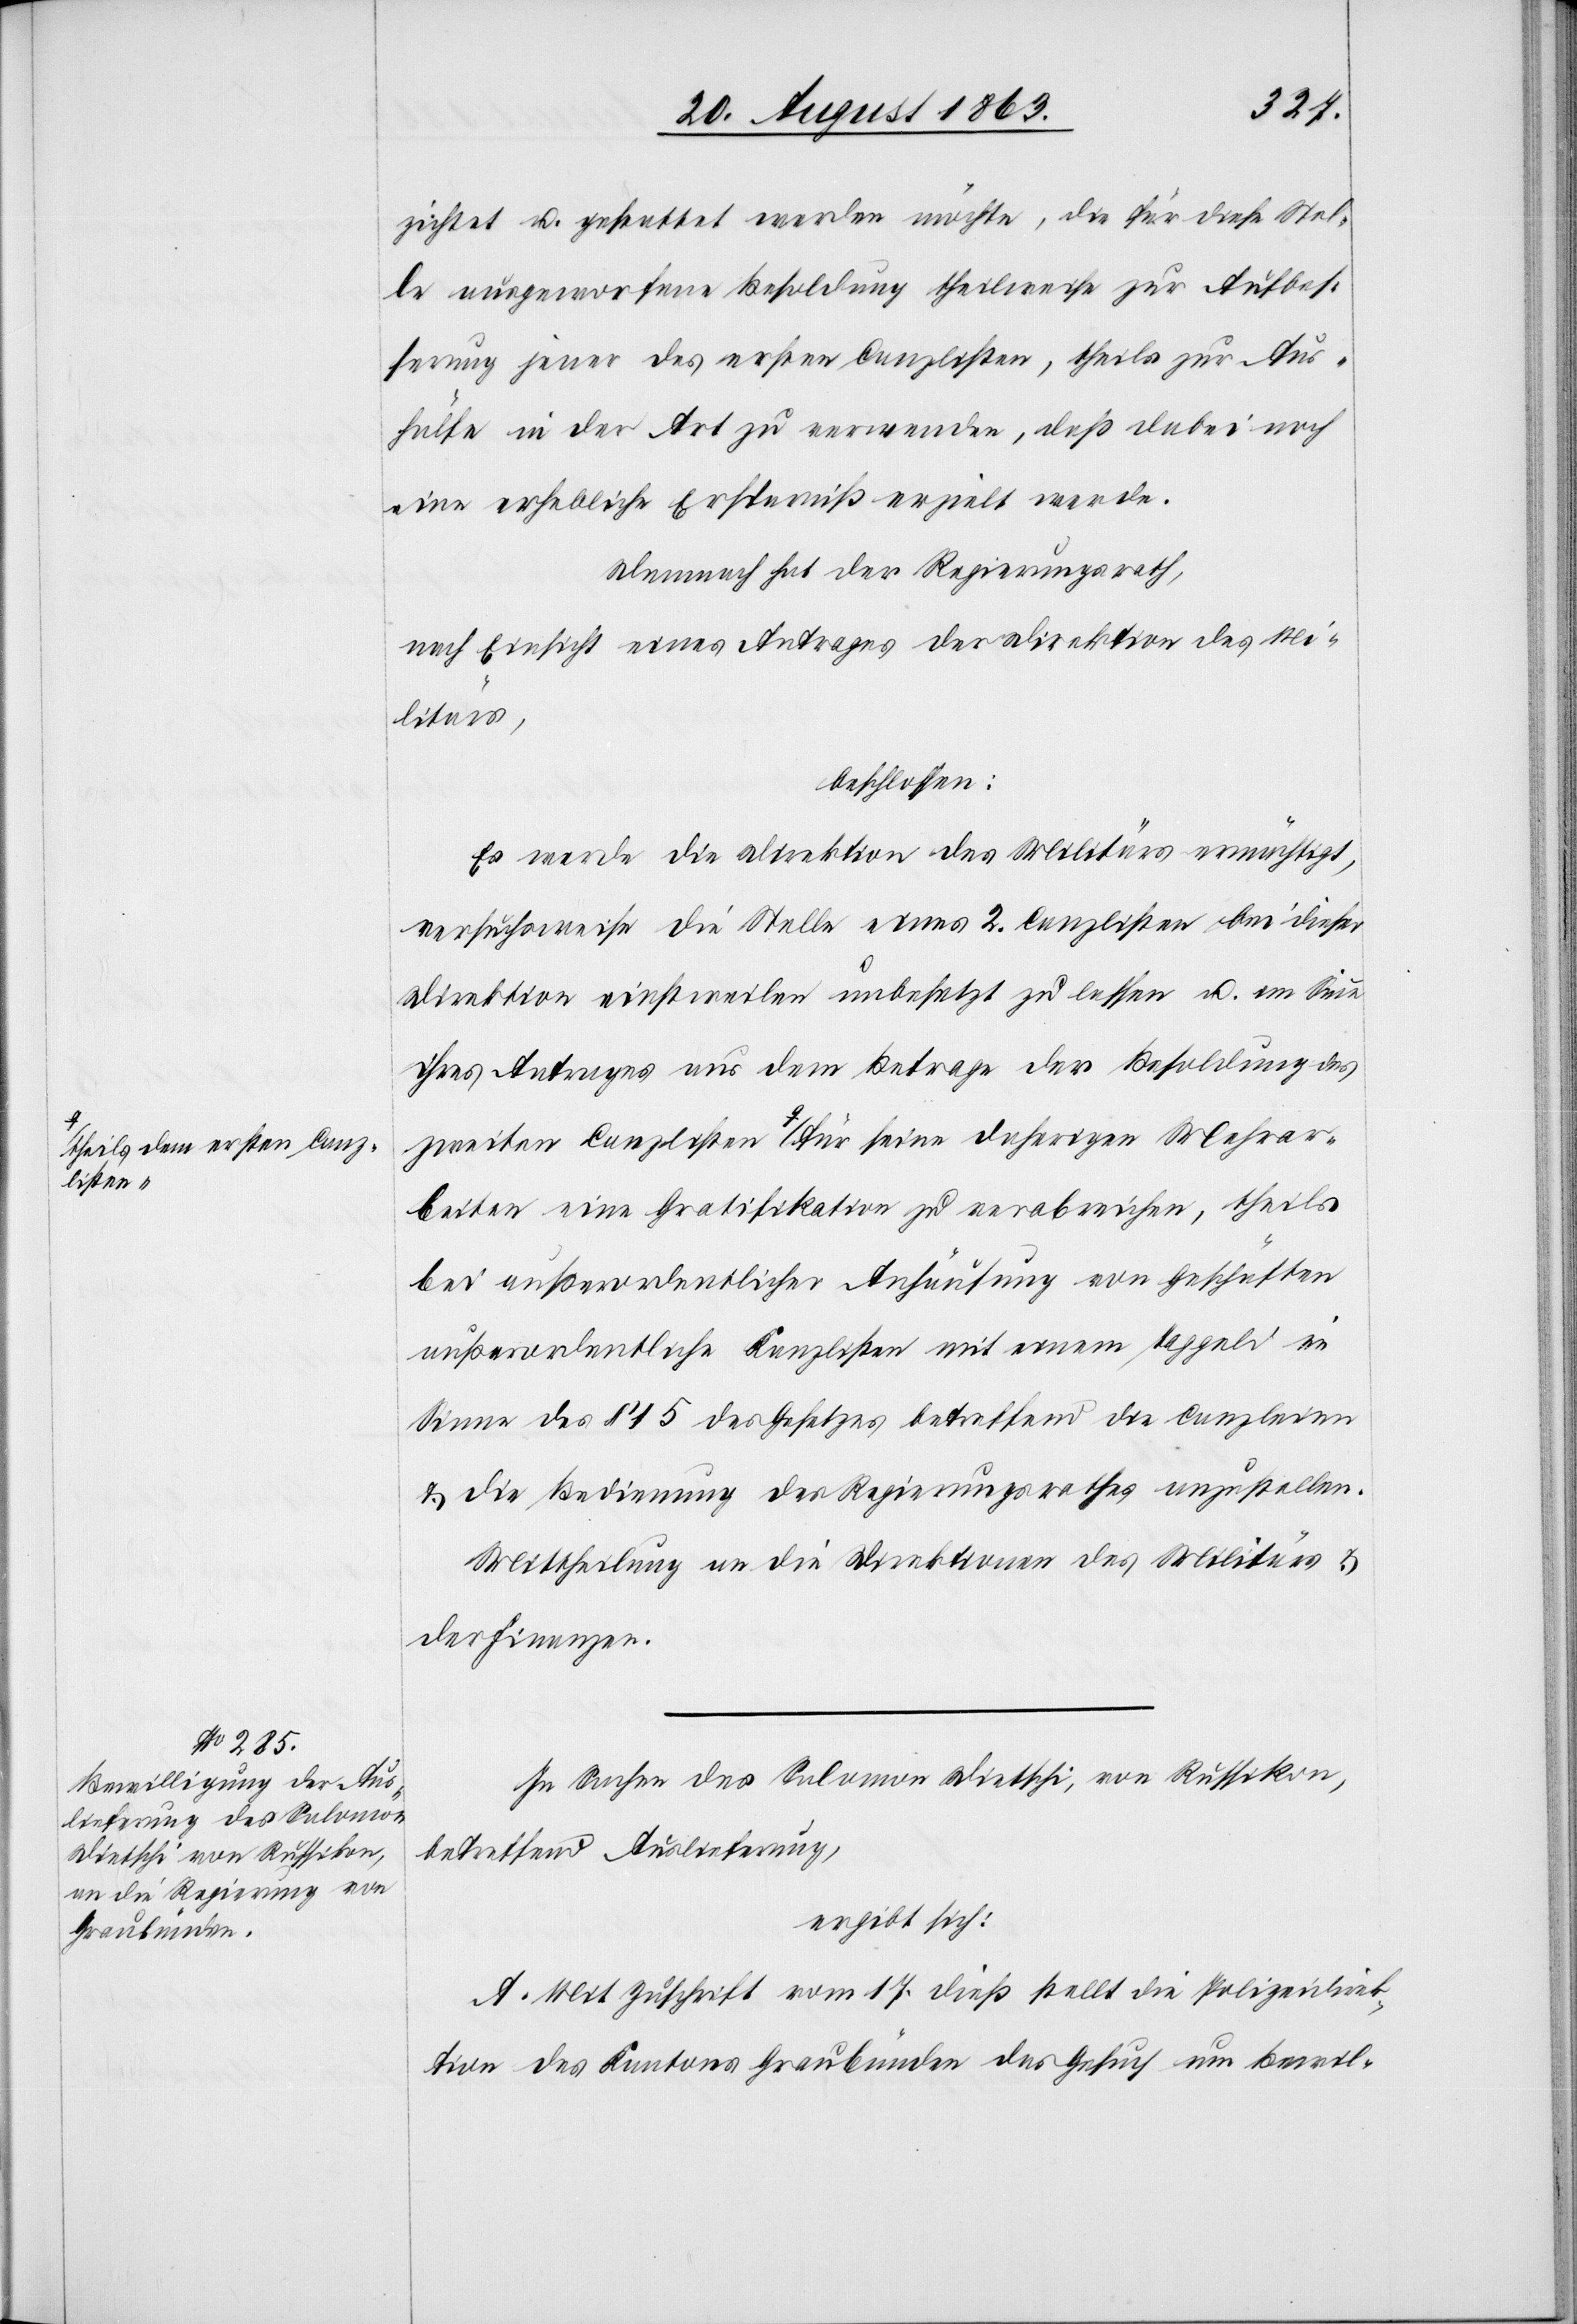
heils dem ersten Canz¬
Mehrar¬

zichtet u. gestattet werden möchte, die für diese Stel¬
le ausgeworfene Besoldung theilweise zur Aufbes¬
serung jener des ersten Canzlisten, theils zur Aus¬
hülfe in der Art zu verwenden, daß dabei noch
eine erhebliche Ersparniß erzielt werde.
Demnach hat der Regierungsrath,
nach Einsicht eines Antrages der Direktion des Mi¬
litärs,
beschlossen:
Es werde die Direktion des Militärs ermächtigt,
versuchsweise die Stelle eines 2. Canzlisten bei dieser
Direktion einstweilen unbesetzt zu lassen u. im Sinne
ihres Antrages aus dem Betrage der Besoldung des
beiten eine Gratifikation zu verabreichen, theils
bei außerordentlicher Anhäufung von Geschäften
außerordentliche Kanzlisten mit einem Taggeld im
Sinne des § 15 des Gesetzes betreffend die Canzleien
& die Bedienung des Regierungsrathes anzustellen.
Mittheilung an die Direktionen des Militärs &
der Finanzen.
In Sachen des Salomon Dietschi, von Russikon,
betreffend Auslieferung,
ergibt sich:
A. Mit Zuschrift vom 17. dieß stellt die Polizeidirek¬
tion des Kantons Graubünden das Gesuch um Bewil-